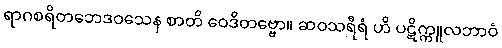
ရာဂစရိတဘေဒဝသေန စာတိ ဝေဒိတဗ္ဗော။ ဆဝသရီရံ ဟိ ပဋိက္ကူလဘာဝံ